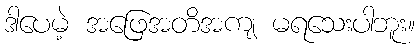
ဒါပေမဲ့ အဖြေအတိအကျ မရသေးပါဘူး။